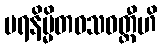
ပရနိမ္မိတဝသဝတ္တီဟိ